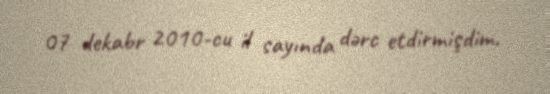
07 dekabr 2010-cu il sayında dərc etdirmişdim.